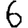
Digit: 6